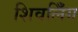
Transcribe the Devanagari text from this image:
शिवलिँग